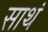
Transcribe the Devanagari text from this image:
साथं